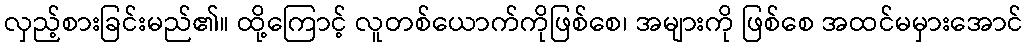
လှည့်စားခြင်းမည်၏။ ထို့ကြောင့် လူတစ်ယောက်ကိုဖြစ်စေ၊ အများကို ဖြစ်စေ အထင်မမှားအောင်